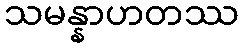
သမန္နာဟတဿ